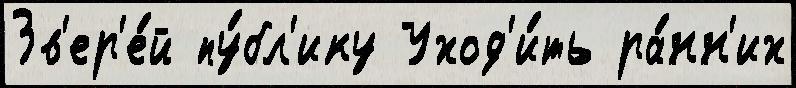
Зв'ер'е́й пу́бл'ику Уход'и́ть ра́нн'их